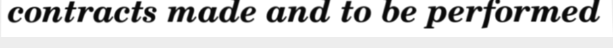
contracts made and to be performed